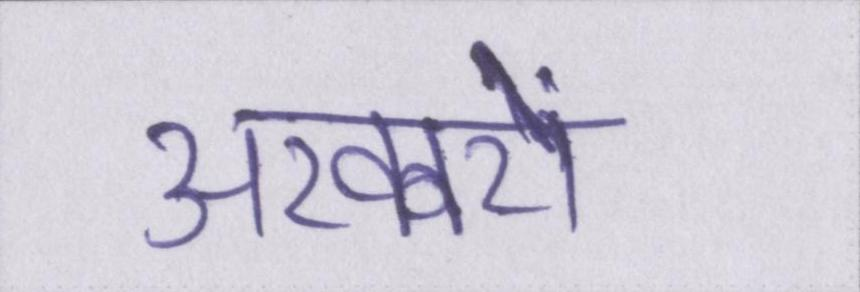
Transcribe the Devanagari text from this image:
अखबरों